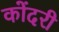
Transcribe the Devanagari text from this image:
कोंदरी